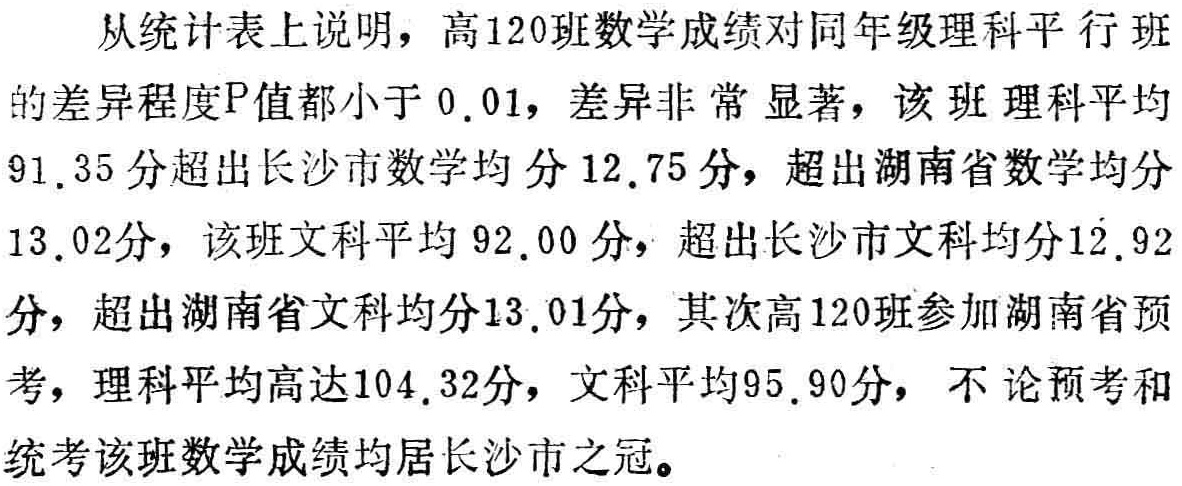
从统计表上说明，高120班数学成绩对同年级理科平行班的差异程度\(P\)值都小于 \(0.01\)，差异非常显著，该班理科平均91.35 分超出长沙市数学均分 12.75 分，超出湖南省数学均分13.02分，该班文科平均 92.00 分，超出长沙市文科均分12.92分，超出湖南省文科均分13.01分，其次高120班参加湖南省预考，理科平均高达104.32分，文科平均95.90分， 不论预考和统考该班数学成绩均居长沙市之冠。